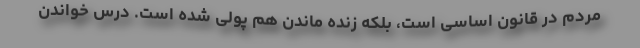
مردم در قانون اساسی است، بلکه زنده ماندن هم پولی شده است. درس خواندن